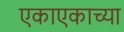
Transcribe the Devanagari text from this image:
एकाएकाच्या